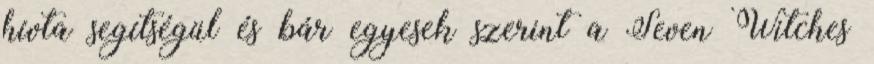
hívta segítségül és bár egyesek szerint a Seven Witches